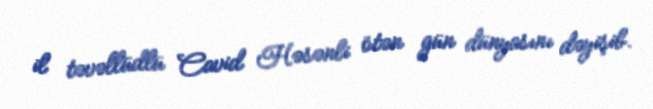
il təvəllüdlü Cavid Həsənli ötən gün dünyasını dəyişib.